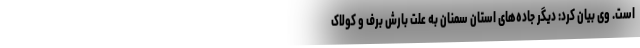
است. وی بیان کرد: دیگر جاده‌های استان سمنان به علت بارش برف و کولاک